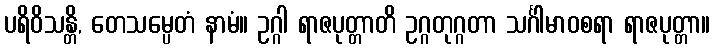
ပရိဝိသန္တိ, တေသမ္ပေတံ နာမံ။ ဥဂ္ဂါ ရာဇပုတ္တာတိ ဥဂ္ဂတုဂ္ဂတာ သင်္ဂါမာဝစရာ ရာဇပုတ္တာ။